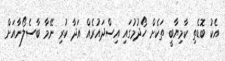
އެކު ބޮޑެތި ކާމިޔާބީ ތަކެށް ހޯދުމުގައި އިސްދައުރެއް އަދާ ކުރި ނޭމާ ބާސެލޯނާއަށް